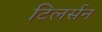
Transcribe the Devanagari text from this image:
टिलर्सन